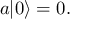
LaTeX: a | 0 \rangle = 0 .